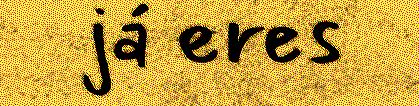
já eres